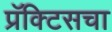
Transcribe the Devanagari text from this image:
प्रॅक्‍टिसचा